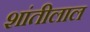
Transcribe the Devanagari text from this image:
शांतीलाल